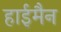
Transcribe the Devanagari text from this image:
हाईमैन